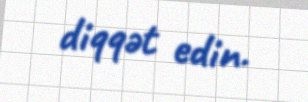
diqqət edin.